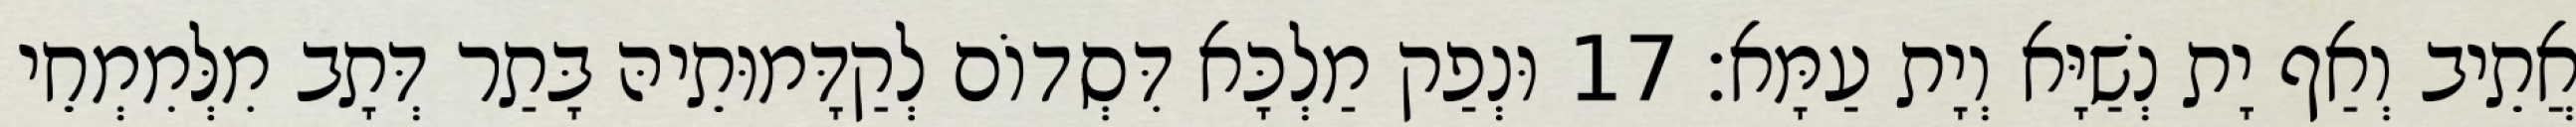
אֲתֵיב וְאַף יָת נְשַׁיָּא וְיָת עַמָּא׃ 17 וּנְפַק מַלְכָּא דִּסְדוֹם לְקַדָּמוּתֵיהּ בָּתַר דְּתָב מִלְּמִמְחֵי